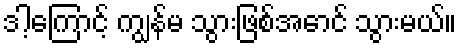
ဒါ့ကြောင့် ကျွန်မ သွားဖြစ်အောင် သွားမယ်။